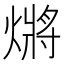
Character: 𭵲